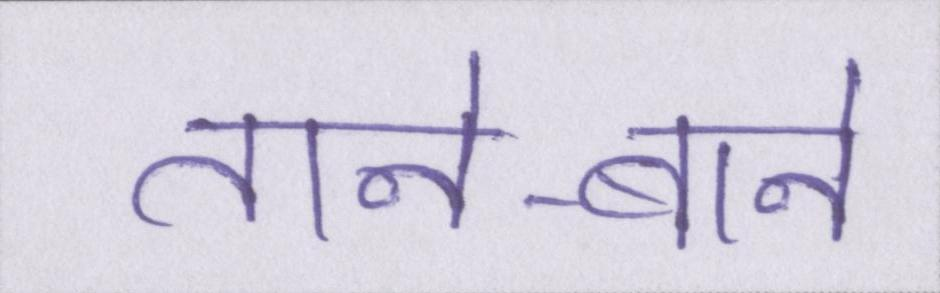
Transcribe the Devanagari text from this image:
ताने-बाने